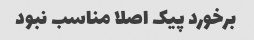
برخورد پیک اصلا مناسب نبود